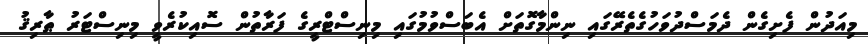
މިއަދުން ފެށިގެން ދެމަސްދުވަހުގެތެރޭގައި ނިންމާގޮތަށް އެބަސްވުމުގައި މިނިސްޓްރީގެ ފަރާތުން ސޮއިކުރެވީ މިނިސްޓަރު ޠާރިޤު